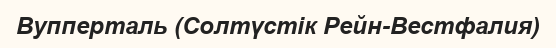
Вупперталь (Солтүстік Рейн-Вестфалия)